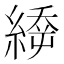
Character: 𦃉